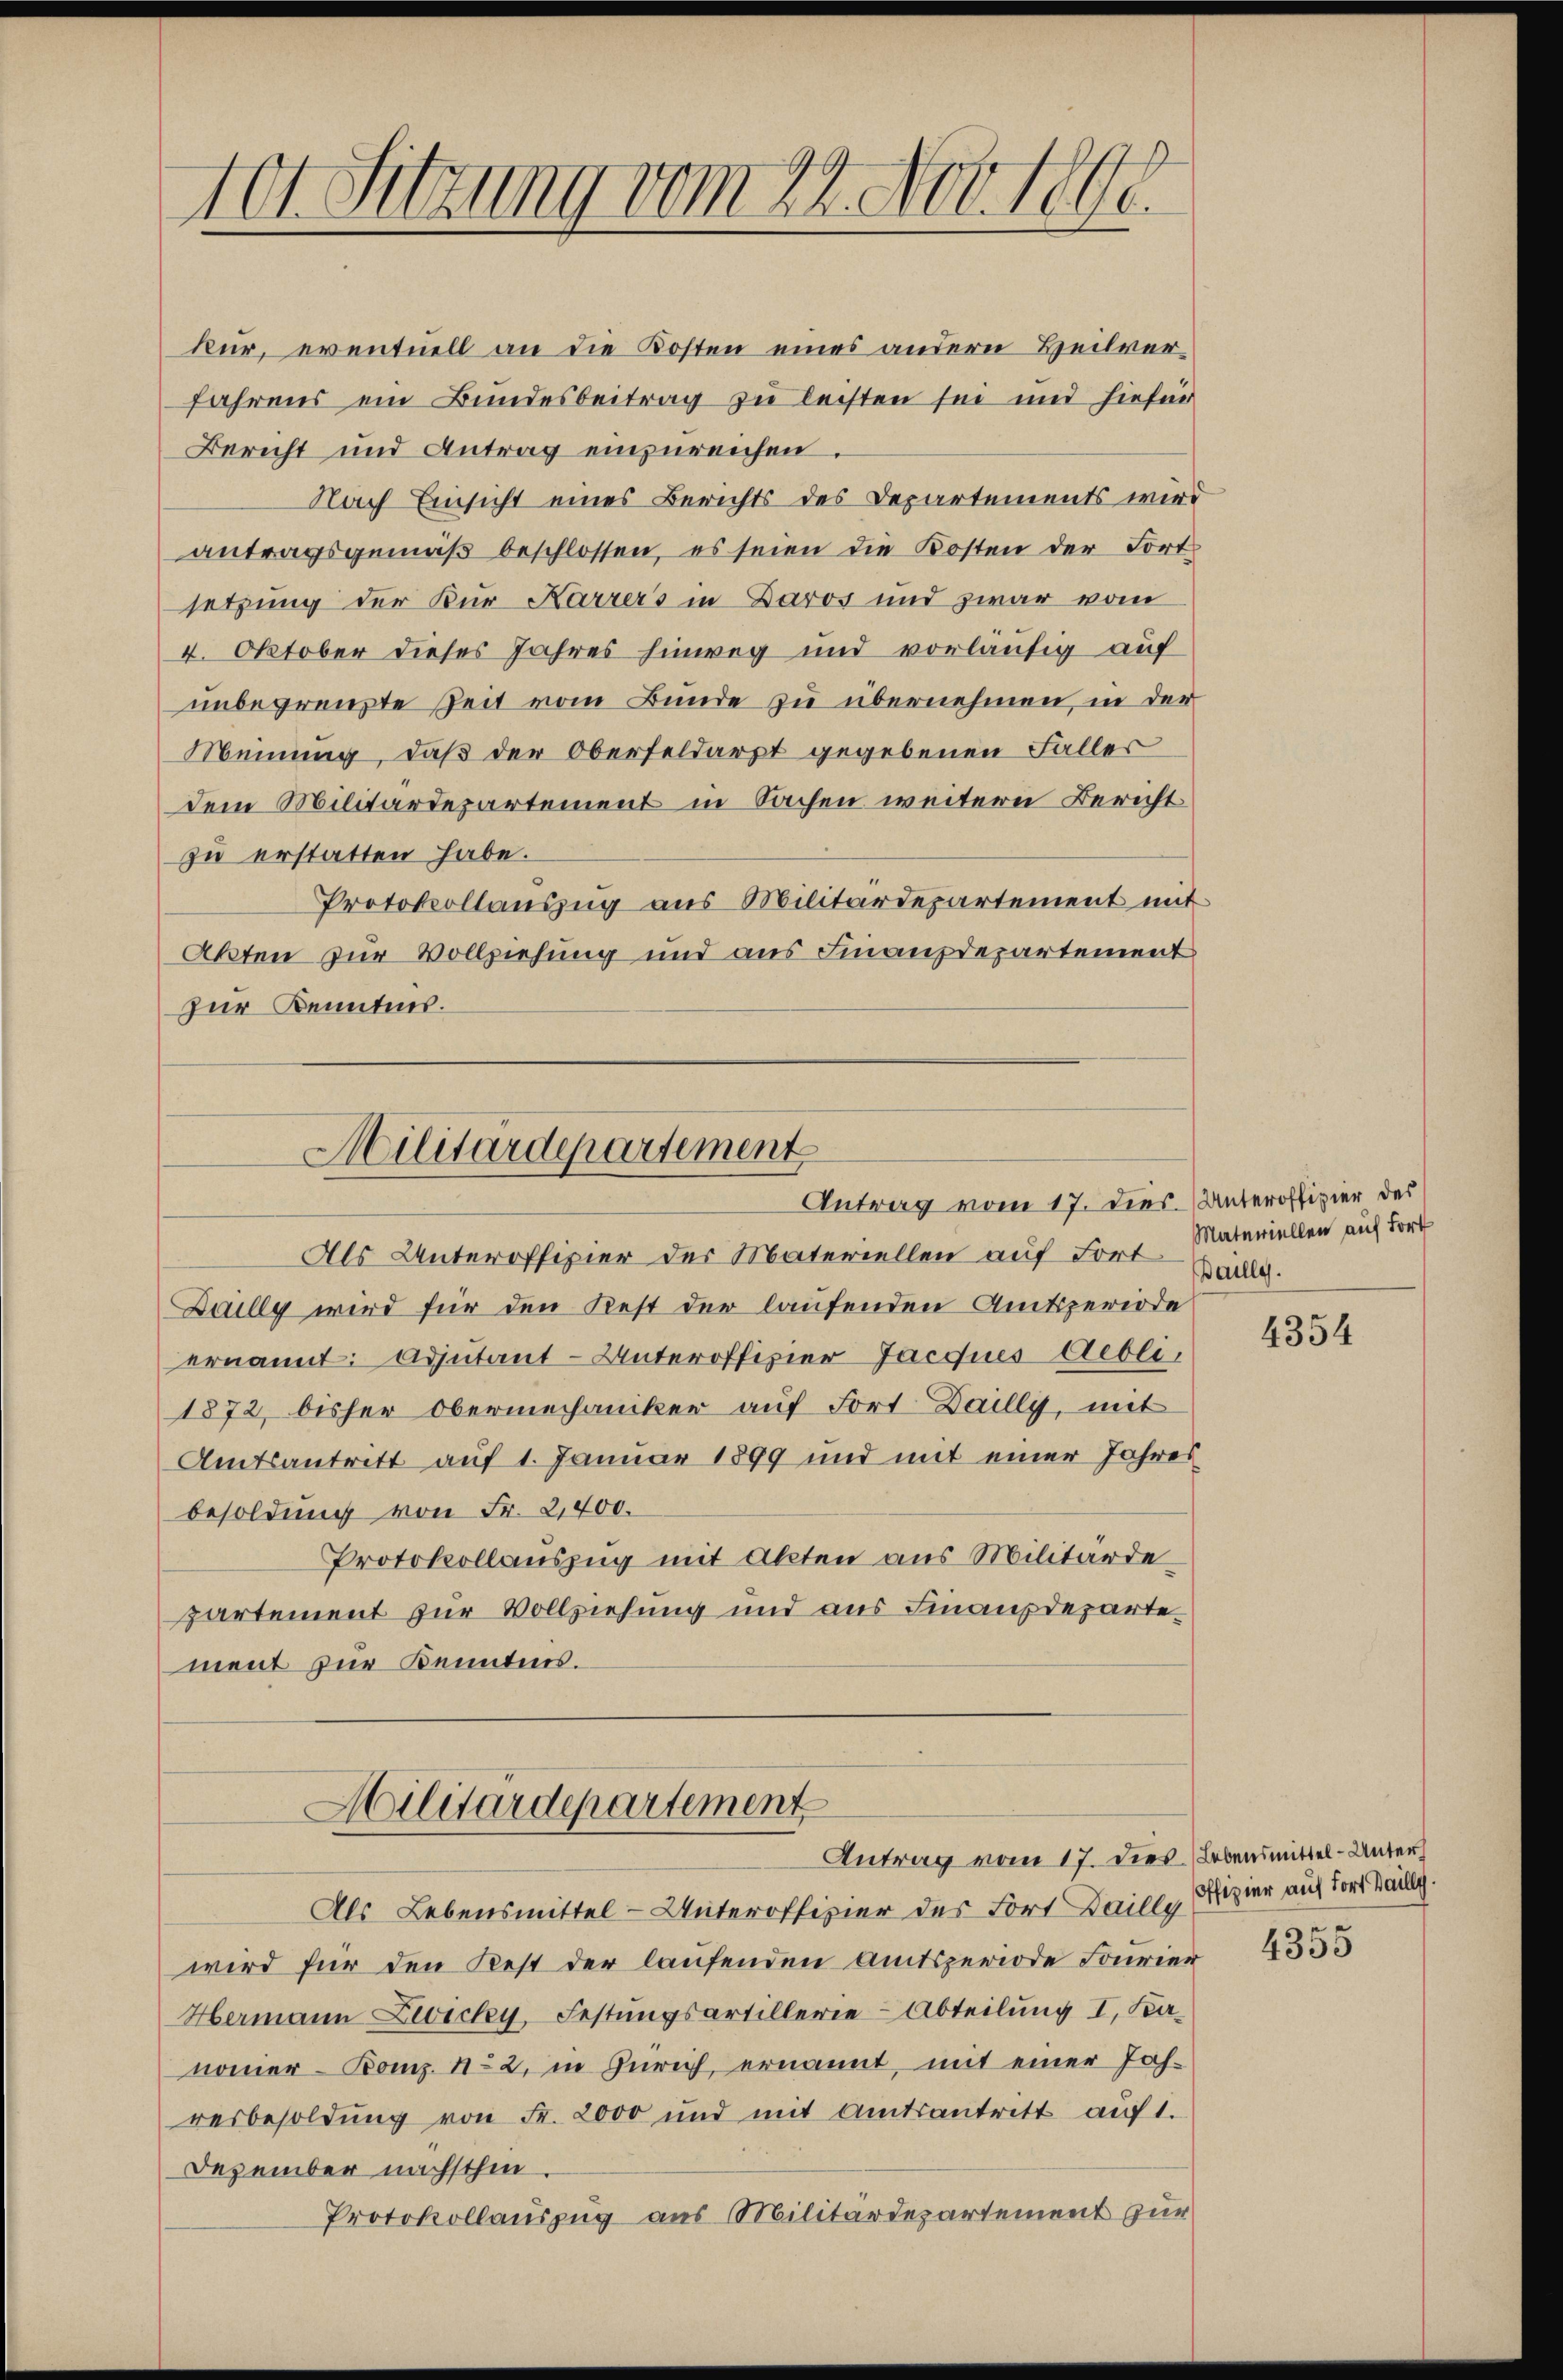
10t Setzung vom 24. Nob. 1890.

kur, eventuell an die Kosten eines andern Heilver-
fahrens ein Bundesbeitrag zu leisten sei und hiefür
Bericht und Antrag einzureichen.
Nach Einsicht eines Berichts des Departements wird
antragsgemäβ beschlossen, es seien die Kosten der Fort-
setzung der Kur Karrers in Daros und zwar vom
4. Oktober dieses Jahres hinweg und vorläufig auf
unbegrenzte Zeit vom Bunde zu übernehmen in der
Meinung, daß der Oberfeldarpt gegebenen Faller
dem Militärdepartement in Sachen weitern Bericht
zu erstatten habe.
Protokollauszug aus Militärdepartement mit
Akten zur Vollziehung und aus Finanzdepartement
zur Kenntnis.

Militärdepartement
Antrag vom 17. dies.
Als Unteroffizier des Materiellen auf Fort allg.

Duilly wird für den Rest der laufenden Amtsperiode
ernannt: Adjutant-Unteroffizier Jacques Gebli
1872 bisher Obermechaniker auf Fort Dailly, mit
Amtsantritt auf 1. Januar 1899 und mit einer Jahres
besoldung von Fr. 2,400.
Protokollauszug mit Akten aus Militärdepartement zur Vollziehung und aus Finanzdeparte
ment zur Kenntnis.

Militärdepartement

Antrag vom 17. dies Lebensmittel-Unter
Als Lebensmittel - Unteroffizier des Fort Daille Ofizier auf dort Heilg.
wird für den Rest der laufenden Amtsperiode Fourier 433
Hermann Zwicky, Festungsartillerie-Abteilung I. Kanoner- Komp. No 2, in Zürich, ernannt, mit einer Joh.
resbesoldŭng von Fr. 2000 und mit Amtsantritt aŭf 1.
Dezember nächsthin.
Protokollauszug aus Militärdepartement zur

Unteroffizier des
Materiellen auf Fort

4354